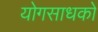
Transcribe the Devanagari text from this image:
योगसाधकों